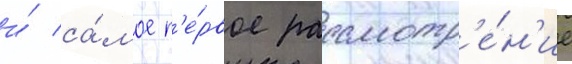
и́ са́мое п'е́рвое рассмотр'е́н'ие